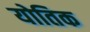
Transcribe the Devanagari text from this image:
योतिक